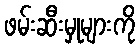
ဖမ်းဆီးမှုများကို